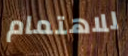
للاهتمام